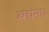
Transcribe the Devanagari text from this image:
बचना।